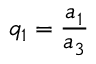
q _ { 1 } = \frac { a _ { 1 } } { a _ { 3 } }